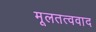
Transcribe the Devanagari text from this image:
मूलतत्ववाद